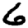
Digit: 6